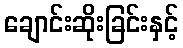
ချောင်းဆိုးခြင်းနှင့်